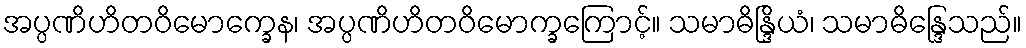
အပ္ပဏိဟိတဝိမောက္ခေန၊ အပ္ပဏိဟိတဝိမောက္ခကြောင့်။ သမာဓိန္ဒြိယံ၊ သမာဓိန္ဒြေသည်။